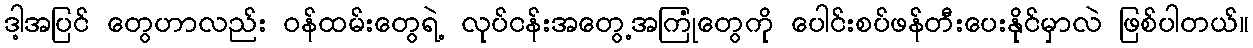
ဒါ့အပြင် တွေဟာလည်း ဝန်ထမ်းတွေရဲ့ လုပ်ငန်းအတွေ့အကြုံတွေကို ပေါင်းစပ်ဖန်တီးပေးနိုင်မှာလဲ ဖြစ်ပါတယ်။